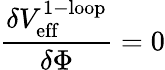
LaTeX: \frac{\delta V_{\mathrm{eff}}^{\mathrm{1-loop}}}{\delta\Phi}=0